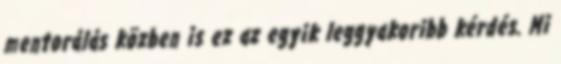
mentorálás közben is ez az egyik leggyakoribb kérdés. Mi